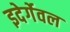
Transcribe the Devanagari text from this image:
इदेर्गेवल